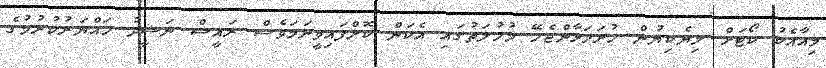
މިއާއެކު ކޯޓަށް ލިޔެކިޔުން ހުށަހަޅާންޖެހޭ މުހުލަތުގައި އެކަން ކޮށްފައިވީނަމަވެސް ރައީސް ނަޝީދު ހައްޔަރުކުރުމުގެ